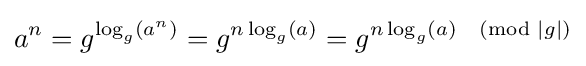
a^{n}=g^{\log _{g}\left(a^{n}\right)}=g^{n\log _{g}(a)}=g^{n\log _{g}(a){\pmod {|g|}}}